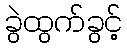
ခွဲထွက်ခွင့်